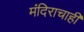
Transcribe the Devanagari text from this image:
मंदिराचाही